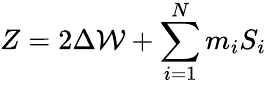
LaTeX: Z=2\Delta{\cal W}+\sum_{i=1}^{N}m_{i}S_{i}